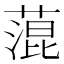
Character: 𦹲